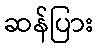
ဆန်ပြား